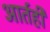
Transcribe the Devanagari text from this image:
आर्तही